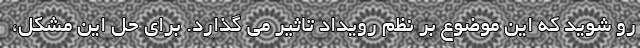
رو شوید که این موضوع بر نظم رویداد تاثیر می گذارد. برای حل این مشکل،